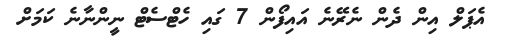
އެޕަލް އިން ދެން ނެރޭނެ އައިފޯން 7 ގައި ހެޓްސެޓް ނީންނާނެ ކަމަށް